Annual administration report of the Civil Veterinary Department of India - 1895-1896
Year: 1895
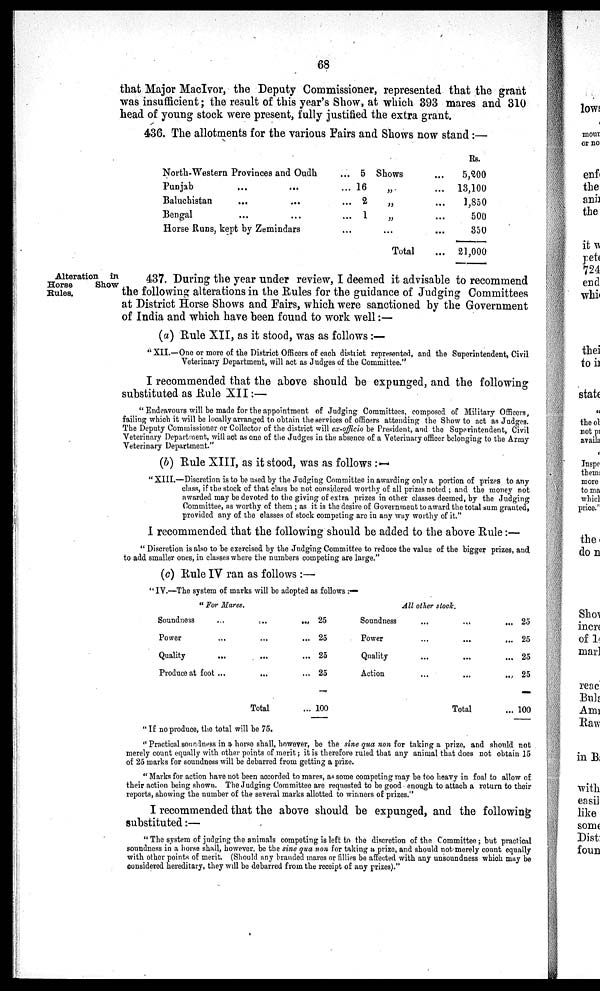
68
that Major MacIvor, the Deputy Commissioner, represented that the grant
was insufficient; the result of this year's Show, at which 393 mares and 310
head of young stock were present, fully justified the extra grant.
436. The allotments for the various Fairs and Shows now stand:—
North-Western Provinces and Oudh ...
Punjab ... ... ...
Baluchistan
... ... ...
Bengal ... ... ...
Horse Runs, kept by Zemindars ...
5
16
2
1
Shows ...
„ ...
„ ...
„ ...
... ...
Total ...
Rs.
5,200
13,100
1,850
500
350
21,000
Alteration in
Horse
Show
Rules.
437. During the year under review, I deemed it advisable to recommend
the following alterations in the Rules for the guidance of Judging Committees
at District Horse Shows and Fairs, which were sanctioned by the Government
of India and which have been found to work well:—
(a) Rule XII, as it stood, was as follows :—
"XII.— One or more of the District Officers of each district represented, and the Superintendent, Civil
Veterinary Department, will act as Judges of the Committee."
I recommended that the above should be expunged, and the following
substituted as Rule XII:—
"Endeavours will be made for the appointment of Judging Committees, composed of Military Officers,
failing which it will be locally arranged to obtain the services of officers attending the Show to act as Judges.
The Deputy Commissioner or Collector of the district will ex-officio be President, and the Superintendent, Civil
Veterinary Department, will act as one of the Judges in the absence of a Veterinary officer belonging to the Army
Veterinary Department."
(b) Rule XIII, as it stood, was as follows:—
"XIII.—Discretion is to be used by the Judging Committee in awarding only a portion of prizes to any
class, if the stock of that class be not considered worthy of all prizes noted; and the money not
awarded may be devoted to the giving of extra prizes in other classes deemed, by the Judging
Committee, as worthy of them; as it is the desire of Government to award the total sum granted,
provided any of the classes of stock competing are in any way worthy of it."
I recommended that the following should be added to the above Rule:—
"Discretion is also to be exercised by the Judging Committee to reduce the value of the bigger prizes, and
to add smaller ones, in classes where the numbers competing are large."
(c) Rule IV ran as follows:—
"IV.—The system of marks will be adopted as follows:—
"For Mares.
Soundness
...
... ...
Power
...
... ...
Quality
...
... ...
Produce at foot ...
... ...
Total
25
25
25
25
100
All other stock.
Soundness ... ... ...
Power ... ... ...
Quality ... ... ...
Action ... ... ...
Total
25
25
25
25
100
"If no produce, the total will be 75.
"Practical soundness in a horse shall, however, be the sine qua non for taking a prize, and should not
merely count equally with other points of merit; it is therefore ruled that any animal that does not obtain 15
of 25 marks for soundness will be debarred from getting a prize.
"Marks for action have not been accorded to mares, as some competing may be too heavy in foal to allow of
their action being shown. The Judging Committee are requested to be good enough to attach a return to their
reports, showing the number of the several marks allotted to winners of prizes."
I recommended that the above should be expunged, and the following
substituted:—
"The system of judging the animals competing is left to the discretion of the Committee; but practical
soundness in a horse shall, however, be the sine qua non for taking a prize, and should not merely count equally
with other points of merit. (Should any branded mares or fillies be affected with any unsoundness which may be
considered hereditary, they will be debarred from the receipt of any prizes)."